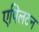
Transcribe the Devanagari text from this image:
एपिलटन